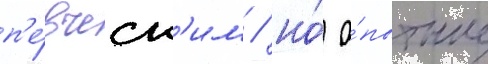
п'е́вческ'им / но́ о́пытные